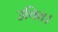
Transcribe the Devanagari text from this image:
उचित।